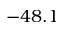
- 4 8 . 1